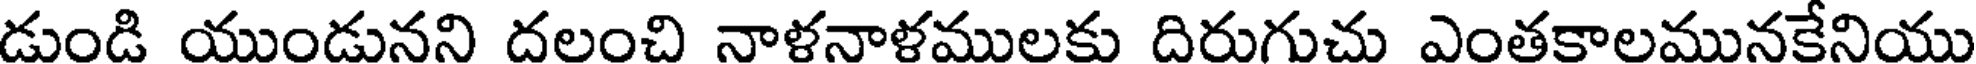
డుండి యుండునని దలంచి నాళనాళములకు దిరుగుచు ఎంతకాలమునకేనియు